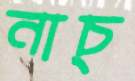
নাচ্